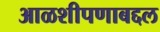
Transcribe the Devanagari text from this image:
आळशीपणाबद्दल